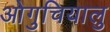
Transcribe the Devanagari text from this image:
ओगुचियालु